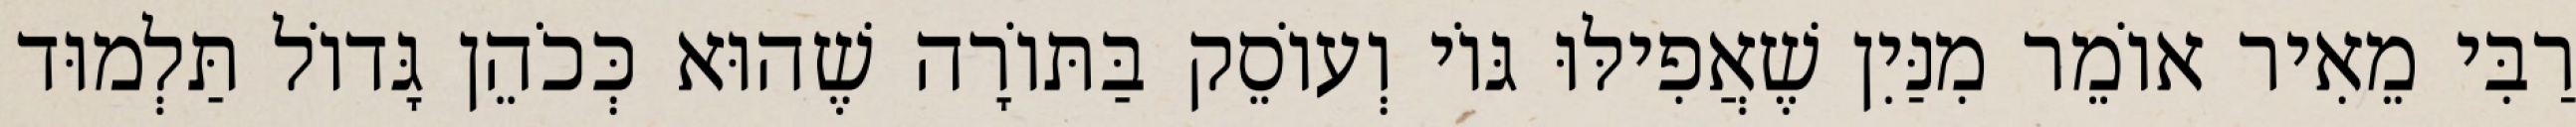
רַבִּי מֵאִיר אוֹמֵר מִנַּיִן שֶׁאֲפִילּוּ גּוֹי וְעוֹסֵק בַּתּוֹרָה שֶׁהוּא כְּכֹהֵן גָּדוֹל תַּלְמוּד